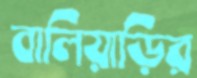
বালিয়াড়ির